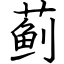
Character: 蓟